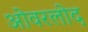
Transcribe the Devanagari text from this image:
ओवरलोद